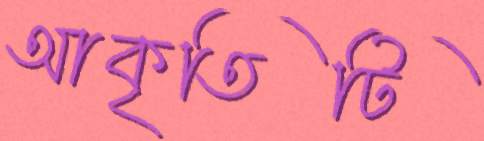
আকৃতিটি